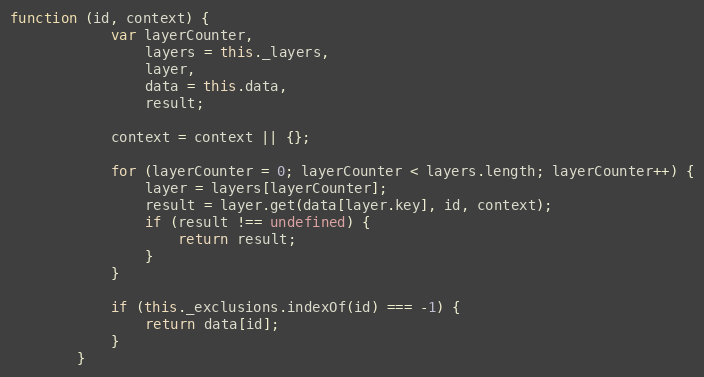
Language: JavaScript
function (id, context) {
            var layerCounter,
                layers = this._layers,
                layer,
                data = this.data,
                result;

            context = context || {};

            for (layerCounter = 0; layerCounter < layers.length; layerCounter++) {
                layer = layers[layerCounter];
                result = layer.get(data[layer.key], id, context);
                if (result !== undefined) {
                    return result;
                }
            }

            if (this._exclusions.indexOf(id) === -1) {
                return data[id];
            }
        }